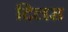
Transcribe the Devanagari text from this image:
दिलरा